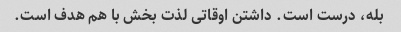
بله، درست است. داشتن اوقاتی لذت بخش با هم هدف است.